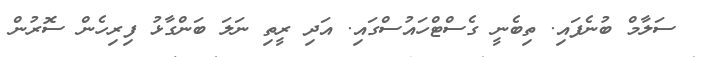
ސަލާމް ބުނެފައި. ތިބެނީ ގެސްޓްހައުސްގައި. އަދި ރީތި ނަލަ ބަންގާޅު ފިރިހެން ސޮރުން